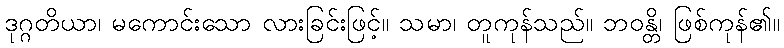
ဒုဂ္ဂတိယာ၊ မကောင်းသော လားခြင်းဖြင့်။ သမာ၊ တူကုန်သည်။ ဘဝန္တိ၊ ဖြစ်ကုန်၏။